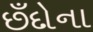
છઁદોના